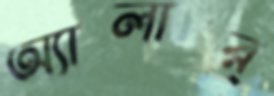
অ্যালার্